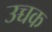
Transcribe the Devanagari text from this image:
उच्चक